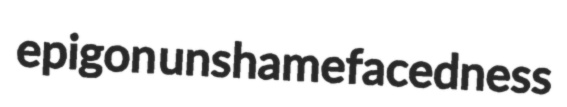
epigon unshamefacedness